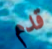
قدم